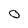
Character: O